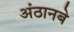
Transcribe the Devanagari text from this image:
अंठानबे